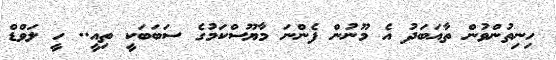
ހިނިތުންވުން ތާއަބަދު އެ މޫނުން ފެންނަ މާޔޫސްކަމުގެ ސަބަބަކީ ތިއީ.. ހީ ލަވްްްޑް